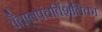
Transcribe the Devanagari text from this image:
वैतालपंचर्विशतिका